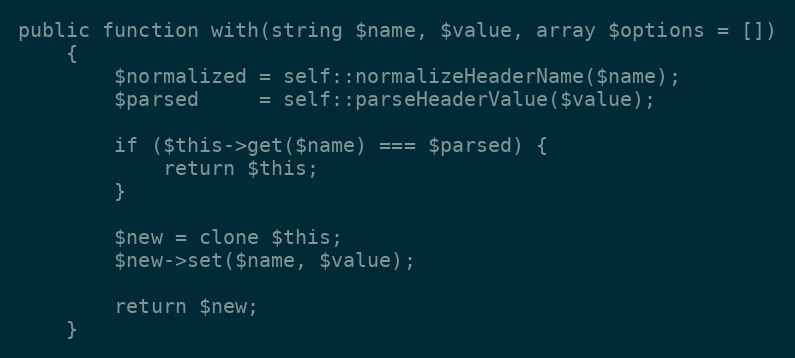
Language: PHP
public function with(string $name, $value, array $options = [])
	{
		$normalized = self::normalizeHeaderName($name);
		$parsed     = self::parseHeaderValue($value);

		if ($this->get($name) === $parsed) {
			return $this;
		}

		$new = clone $this;
		$new->set($name, $value);

		return $new;
	}